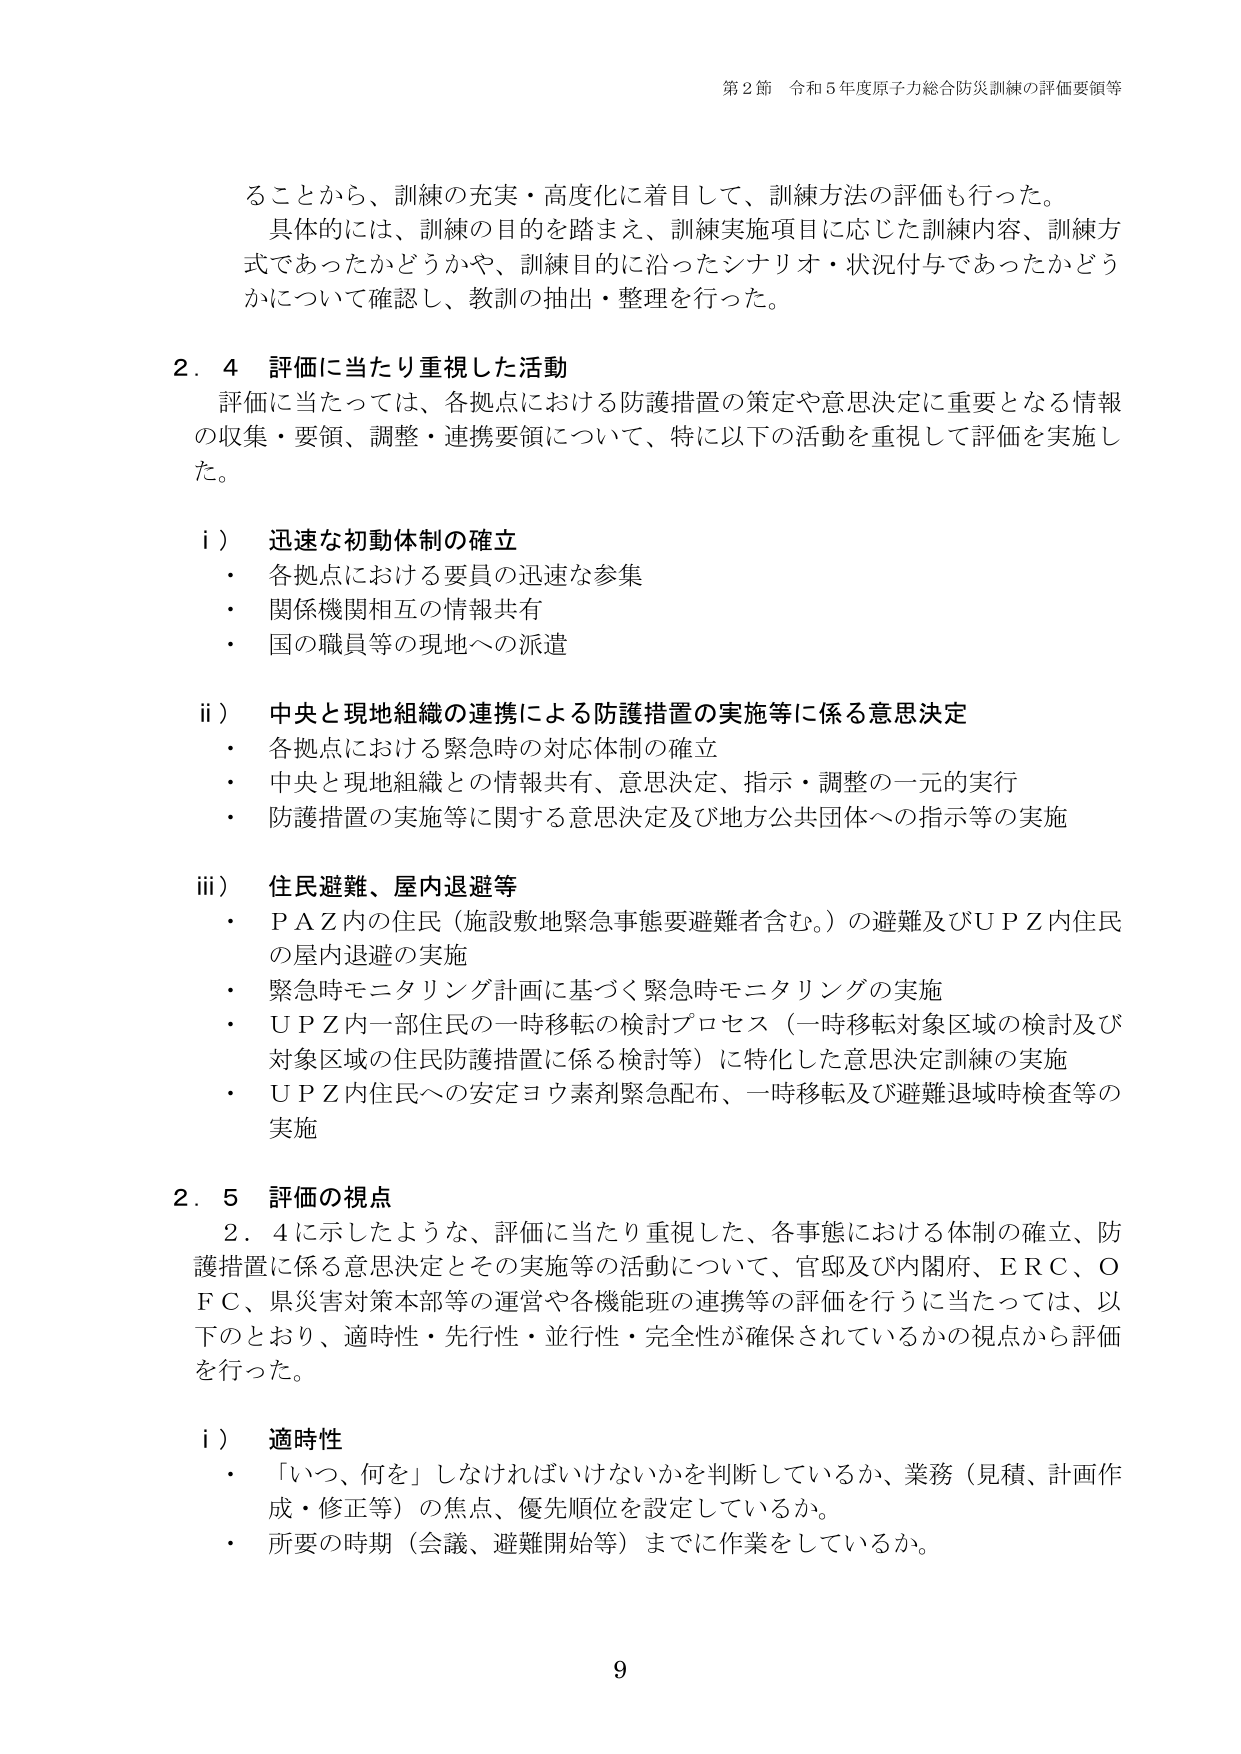
第2節 令和5年度原子力総合防災訓練の評価要領等

ることから、訓練の充実・高度化に着目して、訓練方法の評価も行った。
具体的には、訓練の目的を踏まえ、訓練実施項目に応じた訓練内容、訓練方式であったかどうかや、訓練目的に沿ったシナリオ・状況付与であったかどうかについて確認し、教訓の抽出・整理を行った。

2.4 評価に当たり重視した活動
評価に当たっては、各拠点における防護措置の策定や意思決定に重要となる情報の収集・要領、調整・連携要領について、特に以下の活動を重視して評価を実施した。

i） 迅速な初動体制の確立
・ 各拠点における要員の迅速な参集
・ 関係機関相互の情報共有
・ 国の職員等の現地への派遣

ii） 中央と現地組織の連携による防護措置の実施等に係る意思決定
・ 各拠点における緊急時の対応体制の確立
・ 中央と現地組織との情報共有、意思決定、指示・調整の一元的実行
・ 防護措置の実施等に関する意思決定及び地方公共団体への指示等の実施

iii） 住民避難、屋内退避等
・ P A Z内の住民（施設敷地緊急事態要避難者含む。）の避難及びU P Z内住民の屋内退避の実施
・ 緊急時モニタリング計画に基づく緊急時モニタリングの実施
・ U P Z内一部住民の一時移転の検討プロセス（一時移転対象区域の検討及び対象区域の住民防護措置に係る検討等）に特化した意思決定訓練の実施
・ U P Z内住民への安定ヨウ素剤緊急配布、一時移転及び避難退域時検査等の実施

2.5 評価の視点
2.4に示したような、評価に当たり重視した、各事態における体制の確立、防護措置に係る意思決定とその実施等の活動について、官邸及び内閣府、E R C、O F C、県災害対策本部等の運営や各機能班の連携等の評価を行うに当たっては、以下のとおり、適時性・先行性・並行性・完全性が確保されているかの視点から評価を行った。

i） 適時性
・ 「いつ、何を」しなければいけないかを判断しているか、業務（見積、計画作成・修正等）の焦点、優先順位を設定しているか。
・ 所要の時期（会議、避難開始等）までに作業をしているか。

9